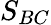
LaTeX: S_{BC}